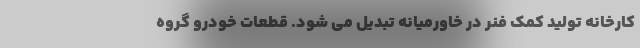
کارخانه تولید کمک فنر در خاورمیانه تبدیل می شود. قطعات خودرو گروه